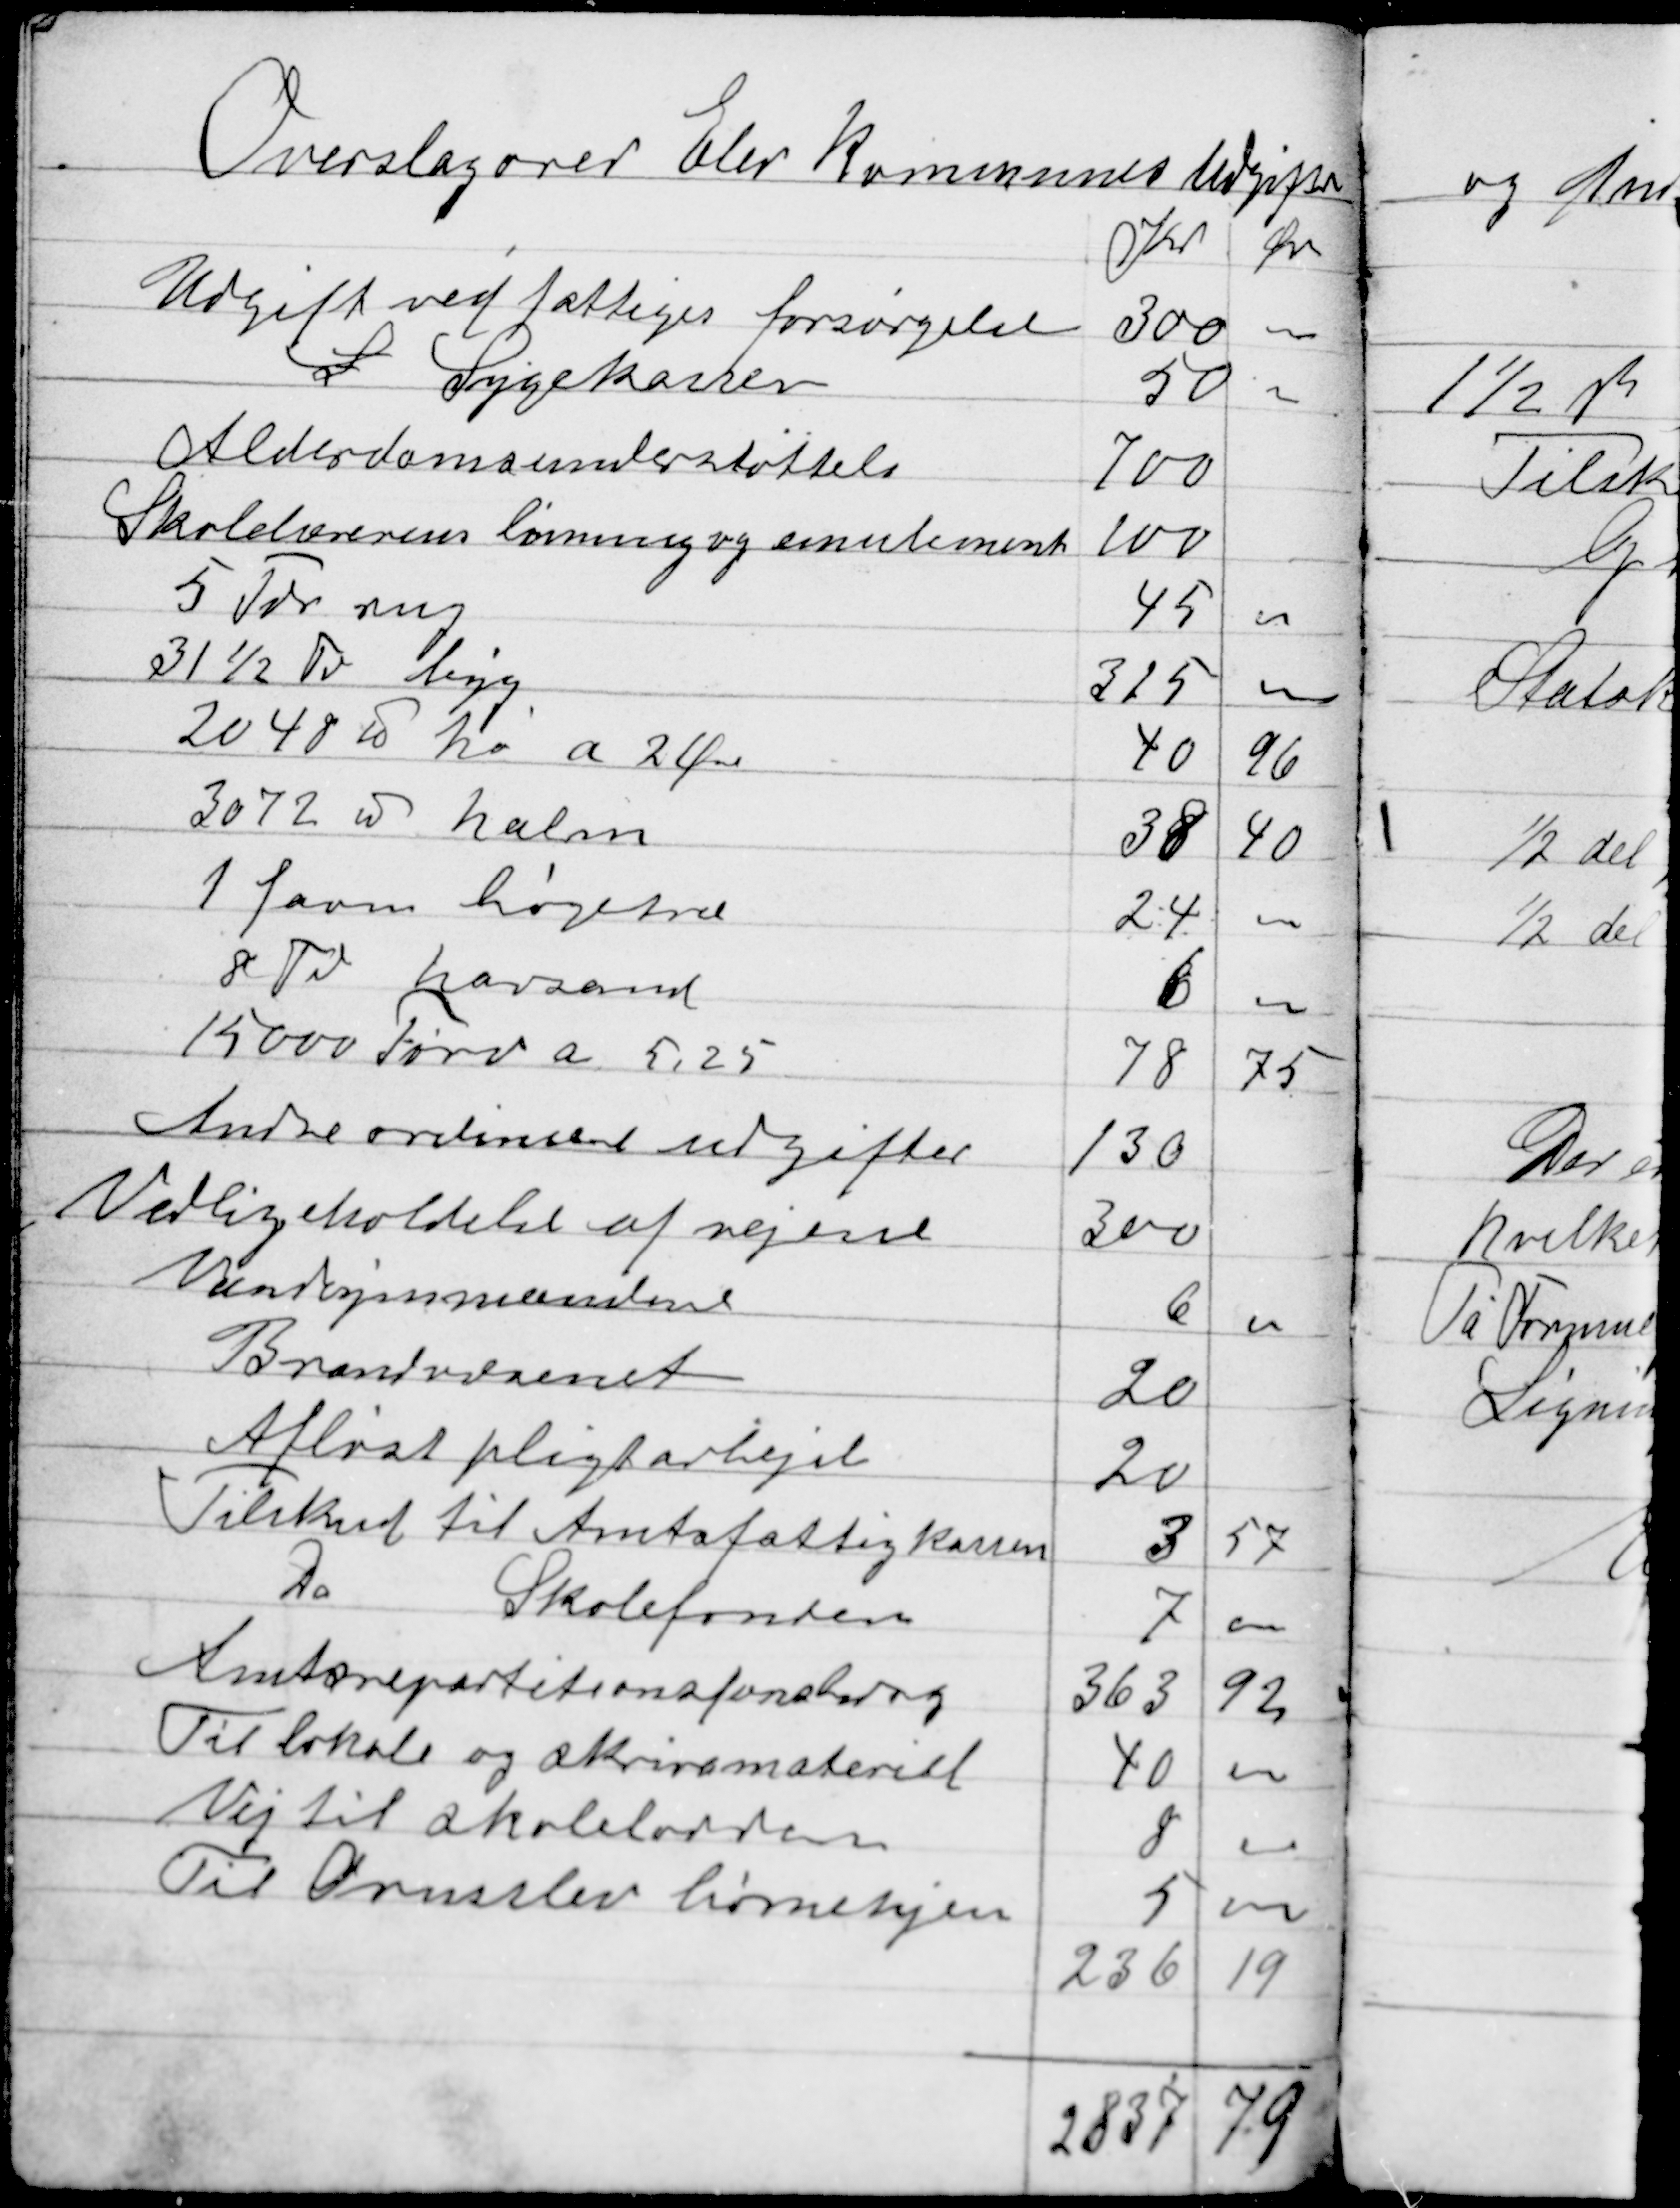
Transskription:
Overslag over Elev kommunes Udgifter